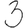
Digit: 3